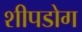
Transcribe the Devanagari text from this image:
शीपडोग